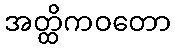
အတ္ထိကဝတော